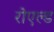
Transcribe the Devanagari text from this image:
रोएल्ड